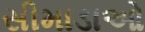
સીમાડાઓ